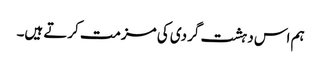
ہم اس دہشت گردی کی مزمت کرتے ہیں۔